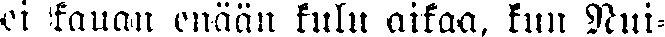
ei kauan enään kulu aikaa, kun Nui-